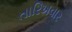
તારિખવાર